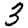
Digit: 3